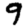
Digit: 9